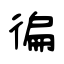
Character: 徧